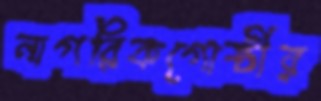
নাগরিকগোষ্ঠীর